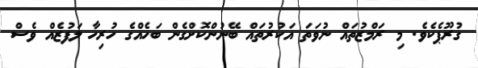
ގުރޫޕެކެވެ. މި ރަމްޒުތައް ނުވަތަ އަކުރުތައް ބޭނުންކޮށްގެން ބަހެއްގެ ހުރިހާ ލަފުޒެއް ވެސް